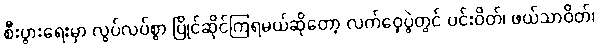
စီးပွားရေးမှာ လွပ်လပ်စွာ ပြိုင်ဆိုင်ကြရမယ်ဆိုတော့ လက်ဝှေ့ပွဲတွင် ပင်းဝိတ်၊ ဖယ်သာဝိတ်၊